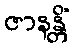
ဇာနန္တိံ